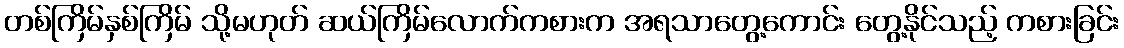
တစ်ကြိမ်နှစ်ကြိမ် သို့မဟုတ် ဆယ်ကြိမ်လောက်ကစားက အရသာတွေ့ကောင်း တွေ့နိုင်သည့် ကစားခြင်း